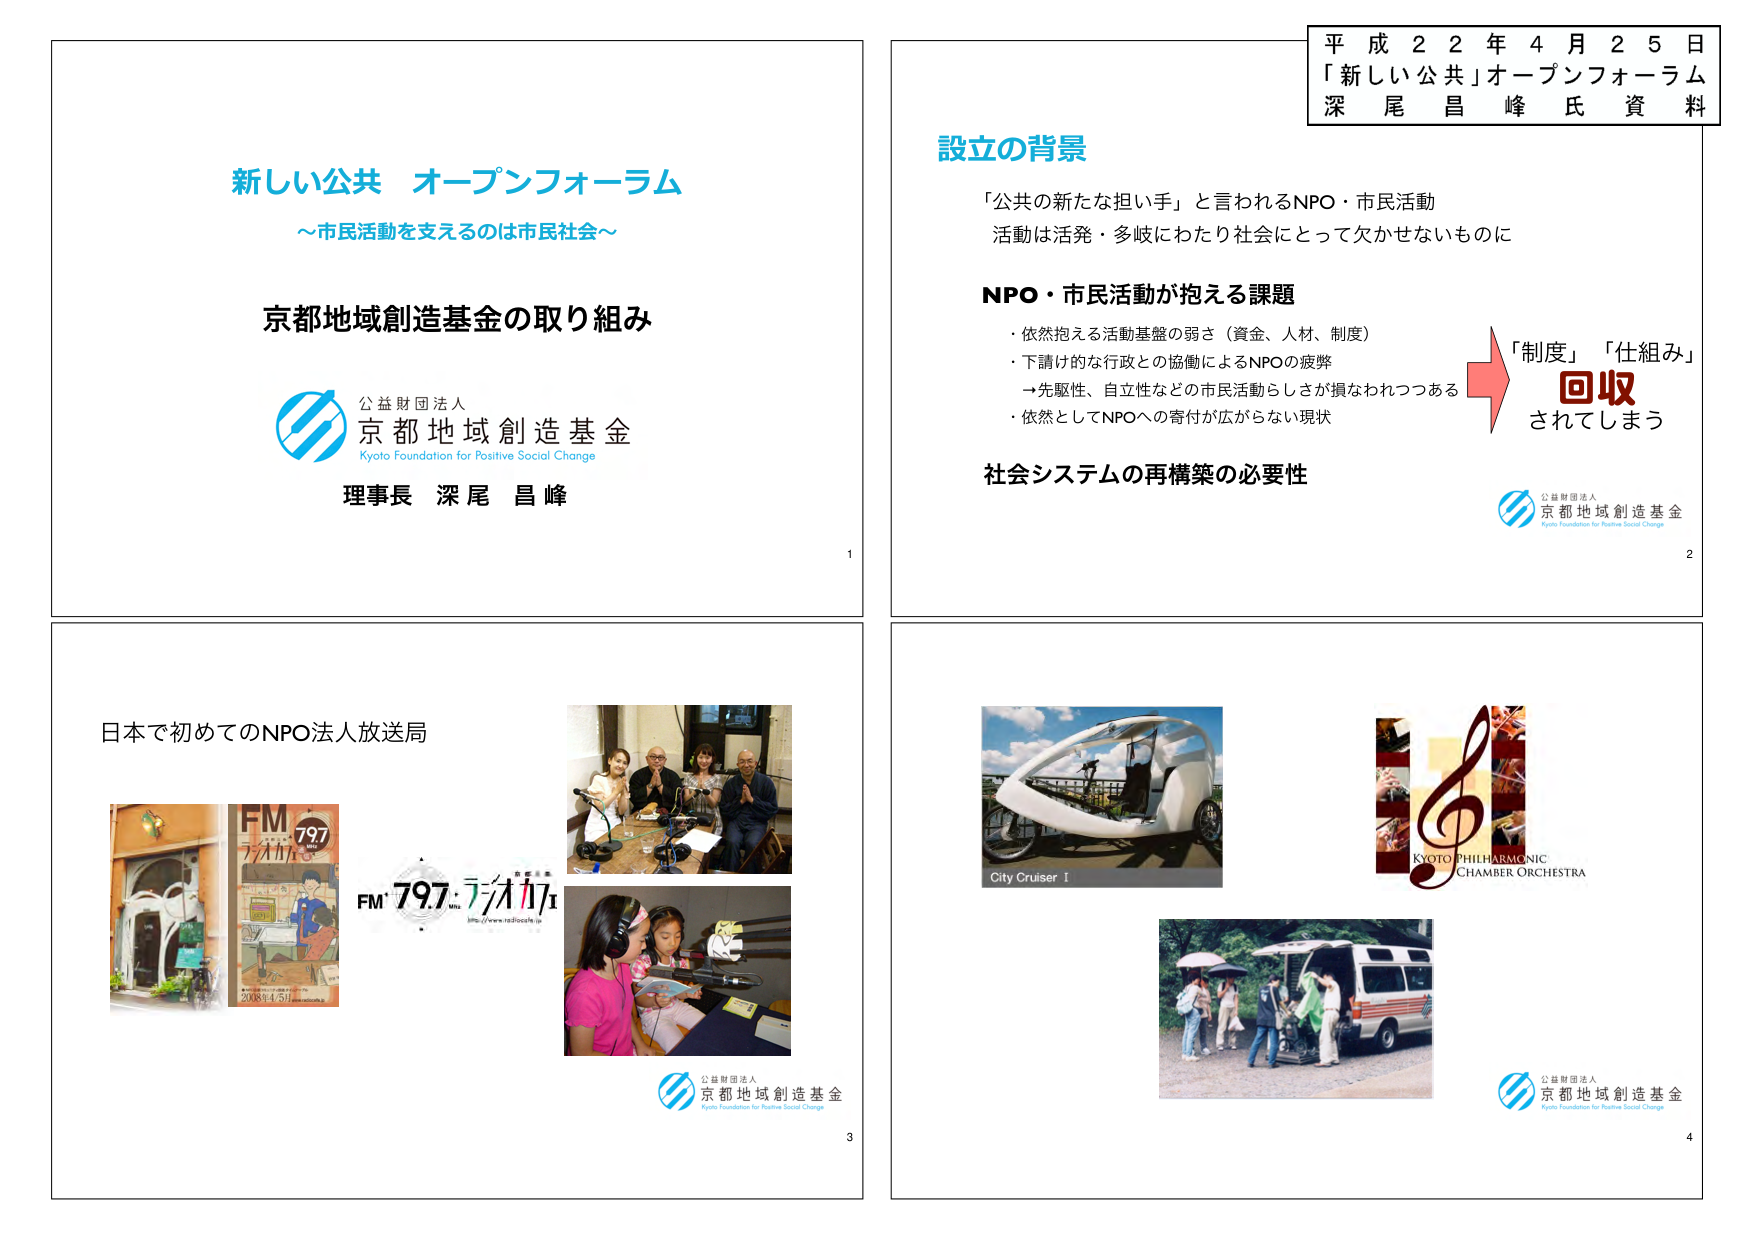
平成22年4月25日
「新しい公共」オープンフォーラム
深尾昌峰氏資料

新しい公共 オープンフォーラム
～市民活動を支えるのは市民社会～

京都地域創造基金の取り組み

公益財団法人
京都地域創造基金
Kyoto Foundation for Positive Social Change

理事長 深尾昌峰

設立の背景

「公共の新たな担い手」と言われるNPO・市民活動
活動は活発・多岐にわたり社会にとって欠かせないものに

NPO・市民活動が抱える課題
・依然抱える活動基盤の弱さ（資金、人材、制度）
・下請け的な行政との協働によるNPOの疲弊
→先駆性、自立性などの市民活動らしさが損なわれつつある
・依然としてNPOへの寄付が広がらない現状

社会システムの再構築の必要性

「制度」「仕組み」
回収
されてしまう

公益財団法人
京都地域創造基金
Kyoto Foundation for Positive Social Change

日本で初めてのNPO法人放送局

FM 797
ラジオカカ

FM 797 MHz ラジオカカ
http://www.radio797.jp

2008.4.5

公益財団法人
京都地域創造基金
Kyoto Foundation for Positive Social Change

City Cruiser 1

KYOTO PHILHARMONIC
CHAMBER ORCHESTRA

公益財団法人
京都地域創造基金
Kyoto Foundation for Positive Social Change